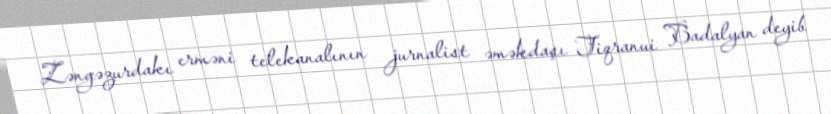
Zəngəzurdakı erməni telekanalının jurnalist əməkdaşı Tiqranui Badalyan deyib